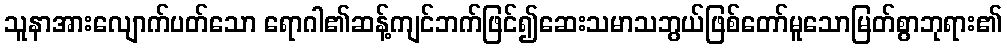
သူနာအားလျောက်ပတ်သော ရောဂါ၏ဆန့်ကျင်ဘက်ဖြင်၍ဆေးသမာသဘွယ်ဖြစ်တော်မူသောမြတ်စွာဘုရား၏